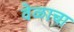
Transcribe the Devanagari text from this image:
वेळाचा